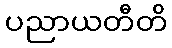
ပညာယတီတိ